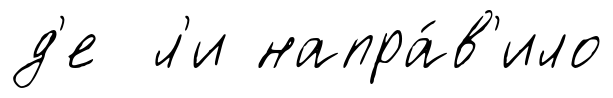
д'е л'и напра́в'ило